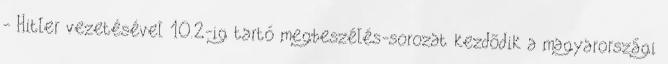
- Hitler vezetésével 10.2-ig tartó megbeszélés-sorozat kezdõdik a magyarországi